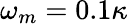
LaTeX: \omega_{m}=0.1\kappa